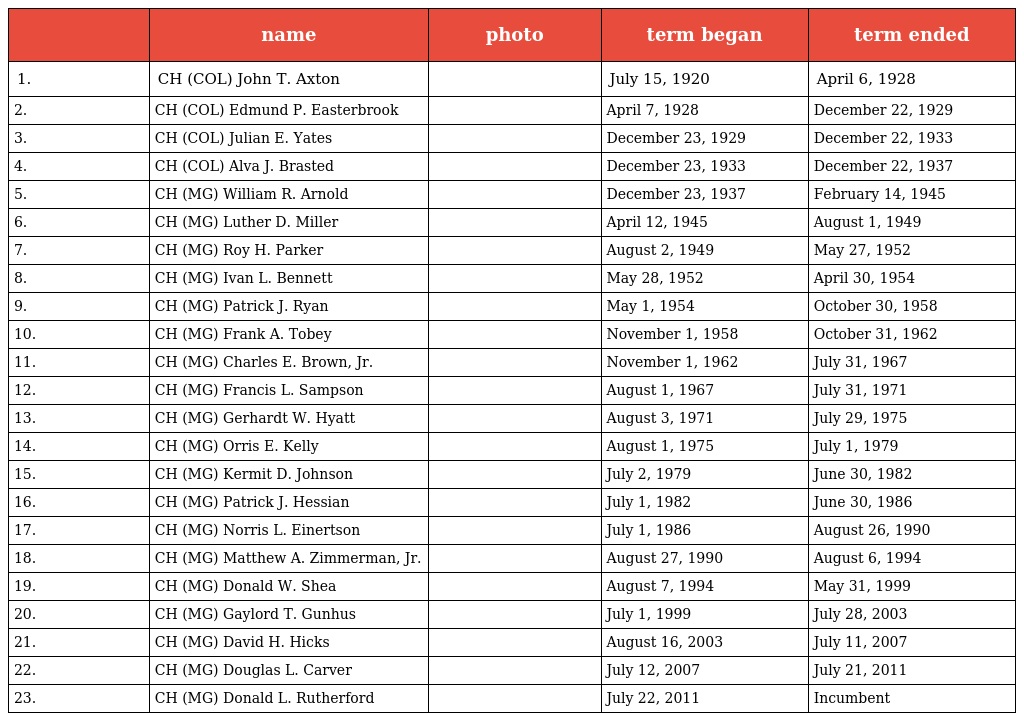
|  | name | photo | term began | term ended |
 | --- | --- | --- | --- | --- |
 | 1. | CH (COL) John T. Axton |  | July 15, 1920 | April 6, 1928 |
 | 2. | CH (COL) Edmund P. Easterbrook |  | April 7, 1928 | December 22, 1929 |
 | 3. | CH (COL) Julian E. Yates |  | December 23, 1929 | December 22, 1933 |
 | 4. | CH (COL) Alva J. Brasted |  | December 23, 1933 | December 22, 1937 |
 | 5. | CH (MG) William R. Arnold |  | December 23, 1937 | February 14, 1945 |
 | 6. | CH (MG) Luther D. Miller |  | April 12, 1945 | August 1, 1949 |
 | 7. | CH (MG) Roy H. Parker |  | August 2, 1949 | May 27, 1952 |
 | 8. | CH (MG) Ivan L. Bennett |  | May 28, 1952 | April 30, 1954 |
 | 9. | CH (MG) Patrick J. Ryan |  | May 1, 1954 | October 30, 1958 |
 | 10. | CH (MG) Frank A. Tobey |  | November 1, 1958 | October 31, 1962 |
 | 11. | CH (MG) Charles E. Brown, Jr. |  | November 1, 1962 | July 31, 1967 |
 | 12. | CH (MG) Francis L. Sampson |  | August 1, 1967 | July 31, 1971 |
 | 13. | CH (MG) Gerhardt W. Hyatt |  | August 3, 1971 | July 29, 1975 |
 | 14. | CH (MG) Orris E. Kelly |  | August 1, 1975 | July 1, 1979 |
 | 15. | CH (MG) Kermit D. Johnson |  | July 2, 1979 | June 30, 1982 |
 | 16. | CH (MG) Patrick J. Hessian |  | July 1, 1982 | June 30, 1986 |
 | 17. | CH (MG) Norris L. Einertson |  | July 1, 1986 | August 26, 1990 |
 | 18. | CH (MG) Matthew A. Zimmerman, Jr. |  | August 27, 1990 | August 6, 1994 |
 | 19. | CH (MG) Donald W. Shea |  | August 7, 1994 | May 31, 1999 |
 | 20. | CH (MG) Gaylord T. Gunhus |  | July 1, 1999 | July 28, 2003 |
 | 21. | CH (MG) David H. Hicks |  | August 16, 2003 | July 11, 2007 |
 | 22. | CH (MG) Douglas L. Carver |  | July 12, 2007 | July 21, 2011 |
 | 23. | CH (MG) Donald L. Rutherford |  | July 22, 2011 | Incumbent |